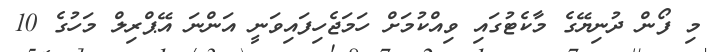
މި ފޯން ދުނިޔޭގެ މާކެޓުގައި ވިއްކުމަށް ހަމަޖެހިފައިވަނީ އަންނަ އޭޕްރިލް މަހުގެ 10